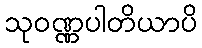
သုဝဏ္ဏပါတိယာပိ